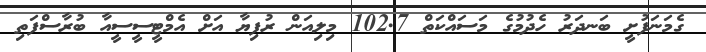
ގެމަނަފުށީ ބަނދަރު ހެދުމުގެ މަސައްކަތް 102.7 މިލިއަން ރުފިޔާ އަށް އެމްޓީސީސީއާ ބުރާސްފަތި